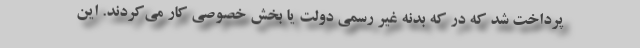
پرداخت شد که در که بدنه غیر رسمی دولت یا بخش خصوصی کار می‌کردند. این